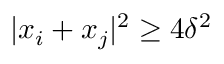
| x _ { i } + x _ { j } | ^ { 2 } \geq 4 \delta ^ { 2 }